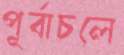
পূর্বাচলে